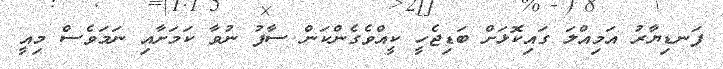
ފަނޑިޔާރު އަމިއްލަ ގައިކޮޅަށް ބަޑިޖެހީ ކީއްވެގެންކަން ސާފު ނުވާ ކަމަށާއި ނަމަވެސް މިއީ